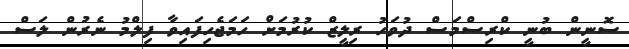
ސޮނީން ބުނީ ކްރިސްމަސް ދުވަހު ރިލީޒް ކުރުމަށް ހަމަޖެހިފައިވާ ފިލްމު ނެރުން ލަސް